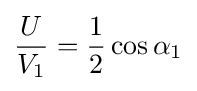
{\frac {U}{V_{1}}}={\frac {1}{2}}\cos \alpha _{1}